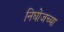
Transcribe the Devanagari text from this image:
निघोजच्या